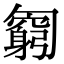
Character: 𠤊